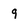
Character: 9